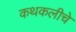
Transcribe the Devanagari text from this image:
कथकलीचे